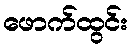
ဖောက်ထွင်း